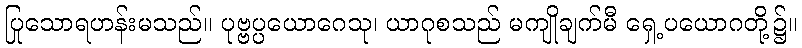
ပြုသောရဟန်းမသည်။ ပုဗ္ဗပ္ပယောဂေသု၊ ယာဂုစသည် မကျိုချက်မီ ရှေ့ပယောဂတို့၌။